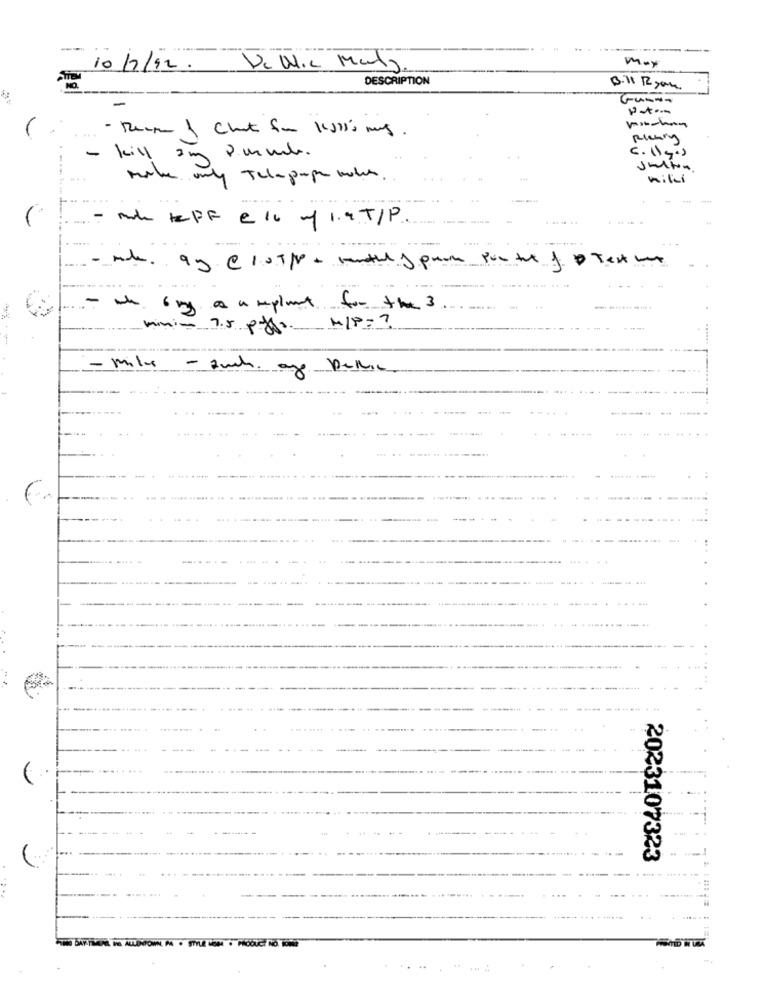
--
may
10/7/12. Ve UIL Maty.
DESCRIPTION
B.11 12 you.
Gusa-
Rlenny
-
kill
2 mmil.
Justin
By Tel-page bolle
wiki
- mde tePF e 16 m/ 1.9 T/P
- the 6 mg a amplant for the 3
mini- 7.5 pff .. M/P =?
.... ..
... ..
2023107323